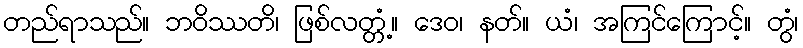
တည်ရာသည်။ ဘဝိဿတိ၊ ဖြစ်လတ္တံ့။ ဒေဝ၊ နတ်။ ယံ၊ အကြင်ကြောင့်။ တွံ၊